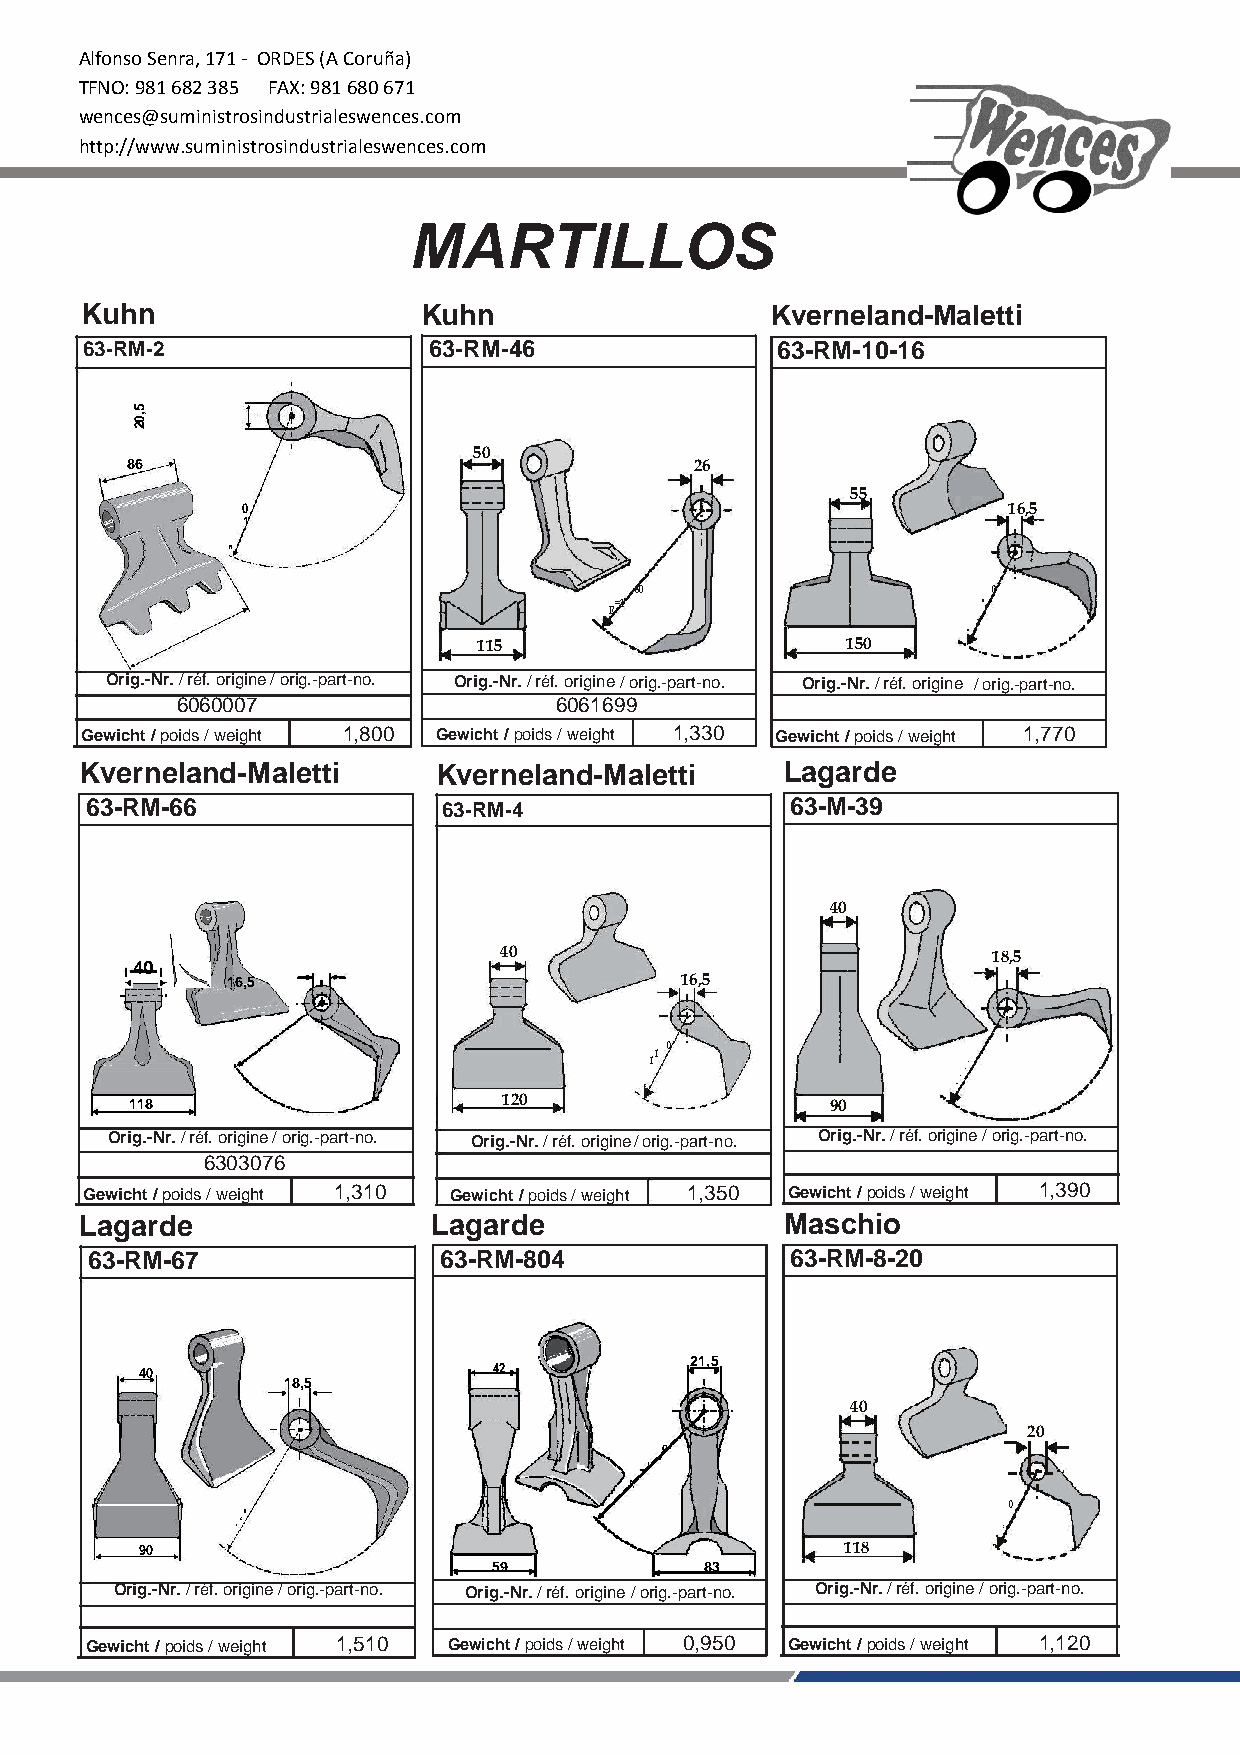
Alfonso Senra, 171 - ORDES (A Coruña)
 TFNO: 981 682 385 FAX: 981 680 671
 wences@suministrosindustrialeswences.com
 http://www.suministrosindustrialeswences.com
 MARTILLOS
 Kuhn                   Kuhn                   Kverneland-Maletti
 63-RM-2               63-RM-46               63-RM-10-16
 86
 50
 26
 55
 0                                                  16,5
 1
 R= 1
 115
 R
 =1
 80
 150
 R
 =1
 0
 0
 Orig.-Nr. / réf. origine / orig.-part-no. Orig.-Nr. / réf. origine/ orig.-part-no. Orig.-Nr. / réf. origine / orig.-part-no.
 6060007                  6061699
 Gewicht / poids / weight 1,800 Gewicht / poids / weight 1,330 G ewicht / poids / weight 1,770
 Kverneland-Maletti      Kverneland-Maletti     Lagarde
 63-RM-66               63-RM-4                63-M-39
 40
 40                               18,5
 40
 16,5                          16,5
 118                     120
 R=
 1
 1
 0
 90      R
 =
 1
 2
 0
 Orig.-Nr. / réf. origine / orig.-part-no. Orig.-Nr. / réf. origine/ orig.-part-no. Orig.-Nr. / réf. origine / orig.-part-no.
 6303076
 Gewicht / poids / weight 1,310 Gewicht / poids / weight 1,350 Gewicht / poids / weight 1,390
 Lagarde                 Lagarde                Maschio
 63-RM-67               63-RM-804              63-RM-8-20
 40
 18,5
 42
 21,5
 40
 20
 0
 90    R =
 1
 2
 0
 59
 R
 = 1 3
 83
 1 1 8     R
 =9
 0
 Orig.-Nr. / réf. origine / orig.-part-no. Orig.-Nr. / réf. origine/ orig.-part-no. Orig.-Nr. / réf. origine / orig.-part-no.
 Gewicht / poids / weight 1,510 Gewicht / poids / weight 0,950 Gewicht / poids / weight 1,120
 5,02